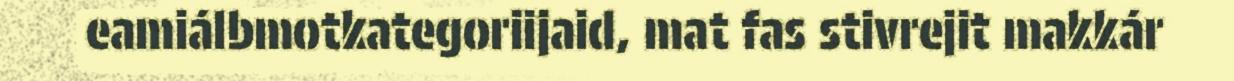
eamiálbmotkategoriijaid, mat fas stivrejit makkár